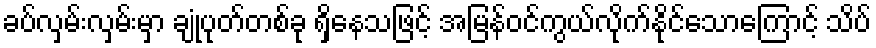
ခပ်လှမ်းလှမ်းမှာ ချုံပုတ်တစ်ခု ရှိနေသဖြင့် အမြန်ဝင်ကွယ်လိုက်နိုင်သောကြောင့် သိပ်